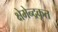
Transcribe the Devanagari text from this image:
क्षेमेन्द्रकृत